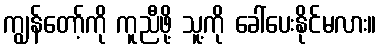
ကျွန်တော့်ကို ကူညီဖို့ သူ့ကို ခေါ်ပေးနိုင်မလား။